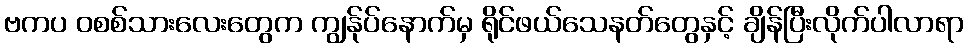
ဗကပ ဝစစ်သားလေးတွေက ကျွန်ုပ်နောက်မှ ရိုင်ဖယ်သေနတ်တွေနှင့် ချိန်ပြီးလိုက်ပါလာရာ